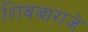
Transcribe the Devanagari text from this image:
शिवबाराजे